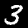
Label: 3